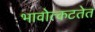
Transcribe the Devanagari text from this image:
भावोत्कटतेत